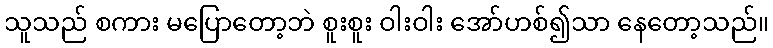
သူသည် စကား မပြောတော့ဘဲ စူးစူး ဝါးဝါး အော်ဟစ်၍သာ နေတော့သည်။